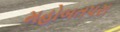
મહોબતપરા